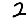
Digit: 2